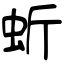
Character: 蚚